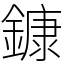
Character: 鏮